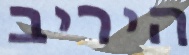
היריב